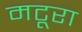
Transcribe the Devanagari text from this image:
मटूरा